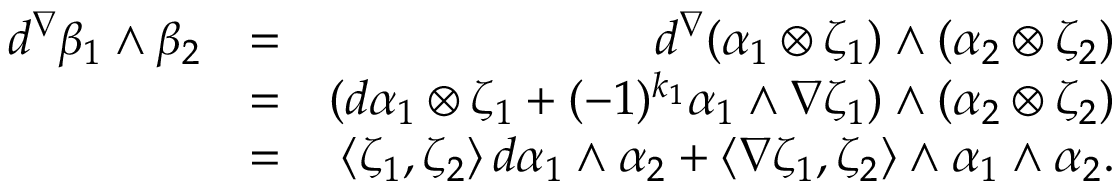
\begin{array} { r l r } { d ^ { \nabla } \beta _ { 1 } \wedge \beta _ { 2 } } & { = } & { d ^ { \nabla } ( \alpha _ { 1 } \otimes \zeta _ { 1 } ) \wedge ( \alpha _ { 2 } \otimes \zeta _ { 2 } ) } \\ & { = } & { ( d \alpha _ { 1 } \otimes \zeta _ { 1 } + ( - 1 ) ^ { k _ { 1 } } \alpha _ { 1 } \wedge \nabla \zeta _ { 1 } ) \wedge ( \alpha _ { 2 } \otimes \zeta _ { 2 } ) } \\ & { = } & { \langle \zeta _ { 1 } , \zeta _ { 2 } \rangle \, d \alpha _ { 1 } \wedge \alpha _ { 2 } + \langle \nabla \zeta _ { 1 } , \zeta _ { 2 } \rangle \wedge \alpha _ { 1 } \wedge \alpha _ { 2 } . } \end{array}